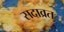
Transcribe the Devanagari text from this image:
सदाव्रत